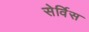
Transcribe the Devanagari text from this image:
सेर्विस